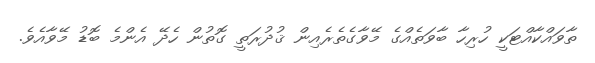
ތާވައްކާއްޓަކީ ހުރިހާ ބާވަތެއްގެ މޭވާގެތެރެއިން ޤުދުރަތީ ގޮތުން ހެދޭ އެންމެ ބޮޑު މޭވާއެވެ.